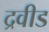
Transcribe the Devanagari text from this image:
द्रवीड